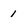
Character: 1